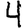
Digit: 4